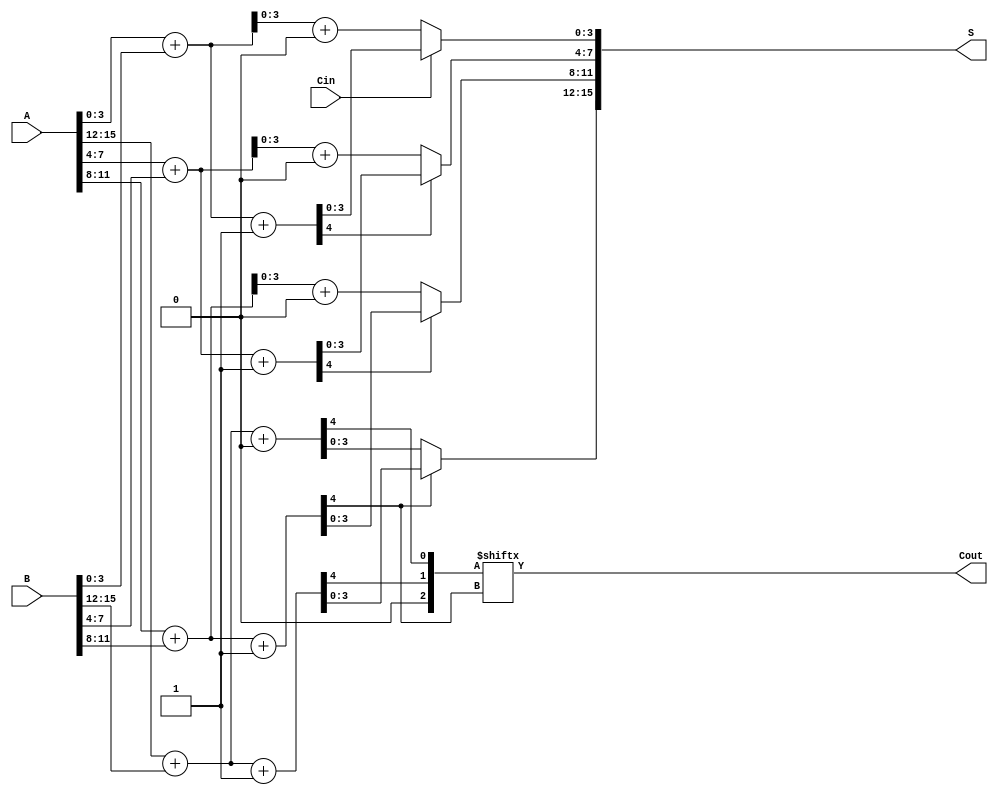
module MultiLevelCSLA #(parameter N = 16) (
    input  [N-1:0] A,      // First n-bit input
    input  [N-1:0] B,      // Second n-bit input
    input         Cin,      // Carry-in
    output [N-1:0] S,      // Sum output
    output        Cout      // Carry-out
);
    localparam SEGMENT_SIZE = 4;  // Size of each segment
    localparam NUM_SEGMENTS = N / SEGMENT_SIZE;

    wire [SEGMENT_SIZE:0] carry [0:NUM_SEGMENTS]; // Carry outputs for each segment
    wire [SEGMENT_SIZE-1:0] sum0 [0:NUM_SEGMENTS-1]; // Sum outputs with Cin = 0
    wire [SEGMENT_SIZE-1:0] sum1 [0:NUM_SEGMENTS-1]; // Sum outputs with Cin = 1

    // Generate segments of the adder
    genvar i;
    generate
        for (i = 0; i < NUM_SEGMENTS; i = i + 1) begin : segment
            wire [SEGMENT_SIZE-1:0] A_seg = A[(i+1)*SEGMENT_SIZE-1:i*SEGMENT_SIZE];
            wire [SEGMENT_SIZE-1:0] B_seg = B[(i+1)*SEGMENT_SIZE-1:i*SEGMENT_SIZE];

            // Instantiate two adders for each segment
            // Adder with Cin = 0
            assign {carry[i][0], sum0[i]} = A_seg + B_seg + 1'b0;
            // Adder with Cin = 1
            assign {carry[i][1], sum1[i]} = A_seg + B_seg + 1'b1;
        end
    endgenerate

    // Select the appropriate sum and carry based on the carry-in
    wire [SEGMENT_SIZE-1:0] selected_sum [0:NUM_SEGMENTS-1];
    wire selected_carry [0:NUM_SEGMENTS-1];

    generate
        for (i = 0; i < NUM_SEGMENTS; i = i + 1) begin : select
            if (i == 0) begin
                // For the first segment, use the given Cin
                assign selected_sum[i] = (Cin) ? sum1[i] : sum0[i];
                assign selected_carry[i] = carry[i][Cin];
            end else begin
                // For subsequent segments, use the carry from the previous segment
                assign selected_sum[i] = (carry[i-1][1]) ? sum1[i] : sum0[i];
                assign selected_carry[i] = carry[i][carry[i-1][1]];
            end
        end
    endgenerate

    // Final outputs
    assign S = {selected_sum[NUM_SEGMENTS-1], selected_sum[NUM_SEGMENTS-2], selected_sum[NUM_SEGMENTS-3], selected_sum[NUM_SEGMENTS-4]};
    assign Cout = selected_carry[NUM_SEGMENTS-1];

endmodule